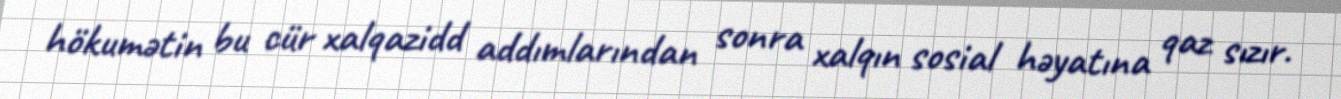
hökumətin bu cür xalqazidd addımlarından sonra xalqın sosial həyatına qaz sızır.